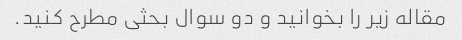
مقاله زیر را بخوانید و دو سوال بحثی مطرح کنید.